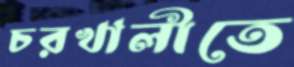
চরখালীতে